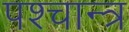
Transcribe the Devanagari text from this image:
पश्चान्त्र